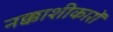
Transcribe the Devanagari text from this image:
नक्काशीकारों